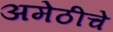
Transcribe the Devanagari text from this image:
अमेठीचे